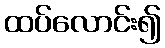
ထပ်လောင်း၍